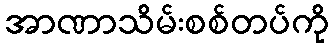
အာဏာသိမ်းစစ်တပ်ကို